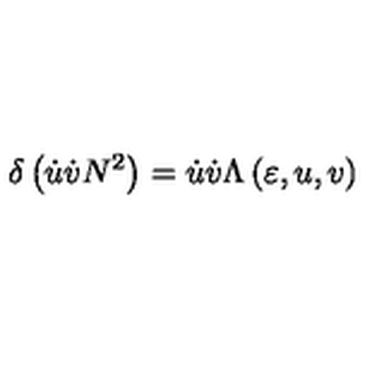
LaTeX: \delta \left( \dot { u } \dot { v } N ^ { 2 } \right) = \dot { u } \dot { v } \Lambda \left( \varepsilon , u , v \right)